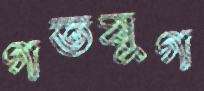
গতযুগ